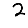
Digit: 2